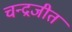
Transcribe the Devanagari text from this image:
चन्द्रजीत